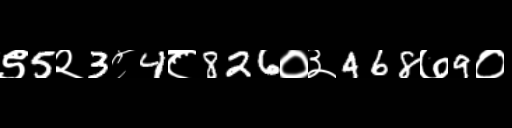
Text: ९5२3८4८826०३468७9०